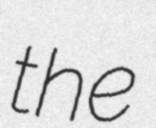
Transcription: the